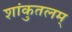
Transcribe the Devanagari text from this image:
शांकुतलम्